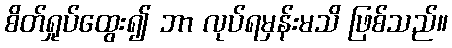
စိတ်ရှုပ်ထွေး၍ ဘာ လုပ်ရမှန်းမသိ ဖြစ်သည်။